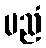
မညံ